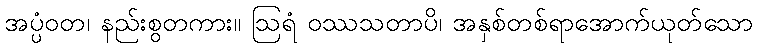
အပ္ပံဝတ၊ နည်းစွတကား။ ဩရံ ဝဿသတာပိ၊ အနှစ်တစ်ရာအောက်ယုတ်သော